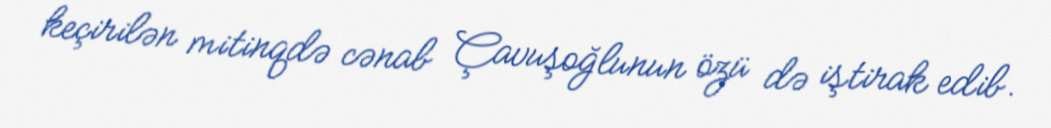
keçirilən mitinqdə cənab Çavuşoğlunun özü də iştirak edib.